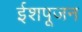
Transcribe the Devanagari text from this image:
ईशपूजन